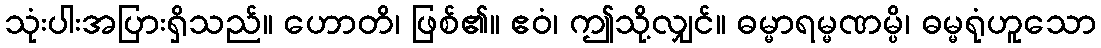
သုံးပါးအပြားရှိသည်။ ဟောတိ၊ ဖြစ်၏။ ဧဝံ၊ ဤသို့လျှင်။ ဓမ္မာရမ္မဏမ္ပိ၊ ဓမ္မရုံဟူသော